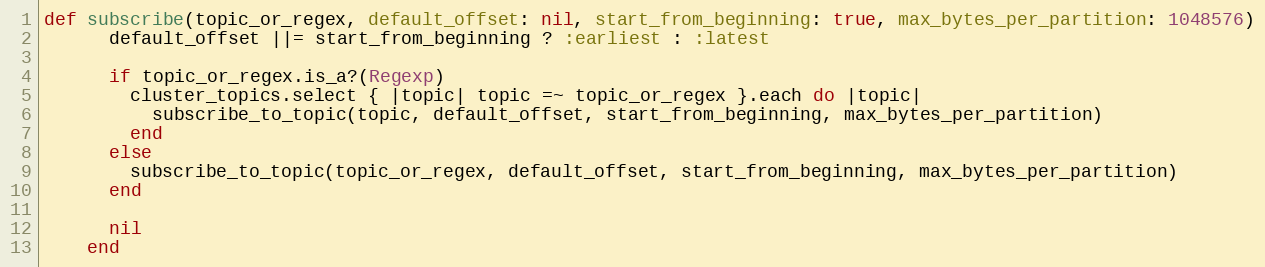
Language: Ruby
def subscribe(topic_or_regex, default_offset: nil, start_from_beginning: true, max_bytes_per_partition: 1048576)
      default_offset ||= start_from_beginning ? :earliest : :latest

      if topic_or_regex.is_a?(Regexp)
        cluster_topics.select { |topic| topic =~ topic_or_regex }.each do |topic|
          subscribe_to_topic(topic, default_offset, start_from_beginning, max_bytes_per_partition)
        end
      else
        subscribe_to_topic(topic_or_regex, default_offset, start_from_beginning, max_bytes_per_partition)
      end

      nil
    end